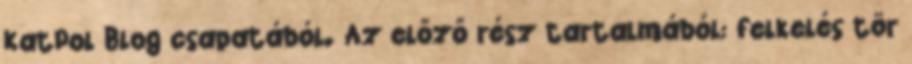
KatPol Blog csapatából. Az előző rész tartalmából: felkelés tör